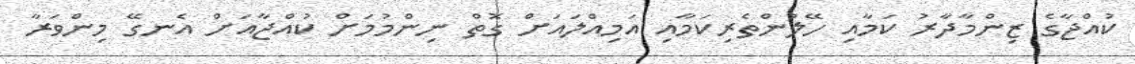
ކުއްޖާގެ ޒިންމާދާރު ކަމާއި ހޭލުންތެރިކަމާއި އަމިއްލައަށް ގޮތް ނިންމުމަށް ކުއްޖާއަށް އެނގޭ މިންވަރާ